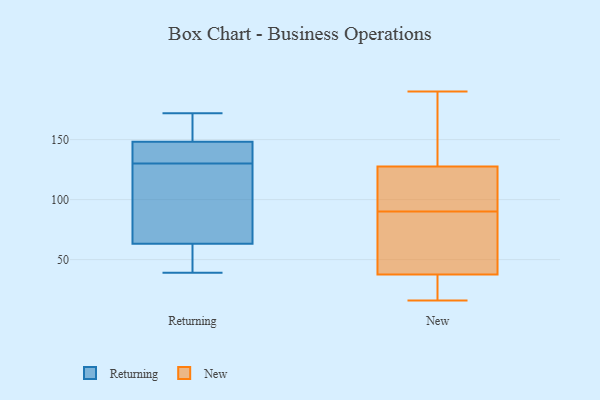
{"axis": {"x": "Population (Million)", "y": "Value"}, "legend": ["New", "Returning"], "data": [{"x": "", "y": 70, "type": "Returning"}, {"x": "", "y": 117, "type": "Returning"}, {"x": "", "y": 172, "type": "Returning"}, {"x": "", "y": 43, "type": "Returning"}, {"x": "", "y": 39, "type": "Returning"}, {"x": "", "y": 61, "type": "Returning"}, {"x": "", "y": 149, "type": "Returning"}, {"x": "", "y": 146, "type": "Returning"}, {"x": "", "y": 131, "type": "Returning"}, {"x": "", "y": 152, "type": "Returning"}, {"x": "", "y": 130, "type": "Returning"}, {"x": "", "y": 83, "type": "New"}, {"x": "", "y": 33, "type": "New"}, {"x": "", "y": 187, "type": "New"}, {"x": "", "y": 158, "type": "New"}, {"x": "", "y": 86, "type": "New"}, {"x": "", "y": 101, "type": "New"}, {"x": "", "y": 121, "type": "New"}, {"x": "", "y": 190, "type": "New"}, {"x": "", "y": 66, "type": "New"}, {"x": "", "y": 16, "type": "New"}, {"x": "", "y": 115, "type": "New"}, {"x": "", "y": 42, "type": "New"}, {"x": "", "y": 18, "type": "New"}, {"x": "", "y": 84, "type": "New"}, {"x": "", "y": 94, "type": "New"}, {"x": "", "y": 32, "type": "New"}, {"x": "", "y": 134, "type": "New"}, {"x": "", "y": 180, "type": "New"}, {"x": "", "y": 16, "type": "New"}, {"x": "", "y": 107, "type": "New"}]}